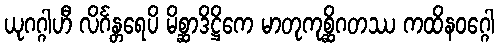
ယုဂဂ္ဂါဟီ လိင်္ဂန္တရေပိ မိစ္ဆာဒိဋ္ဌိကေ မာတုကုစ္ဆိဂတဿ ကထိနဝဂ္ဂေါ